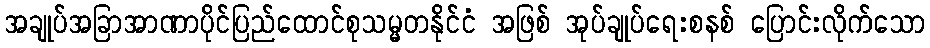
အချုပ်အခြာအာဏာပိုင်ပြည်ထောင်စုသမ္မတနိုင်ငံ အဖြစ် အုပ်ချုပ်ရေးစနစ် ပြောင်းလိုက်သော